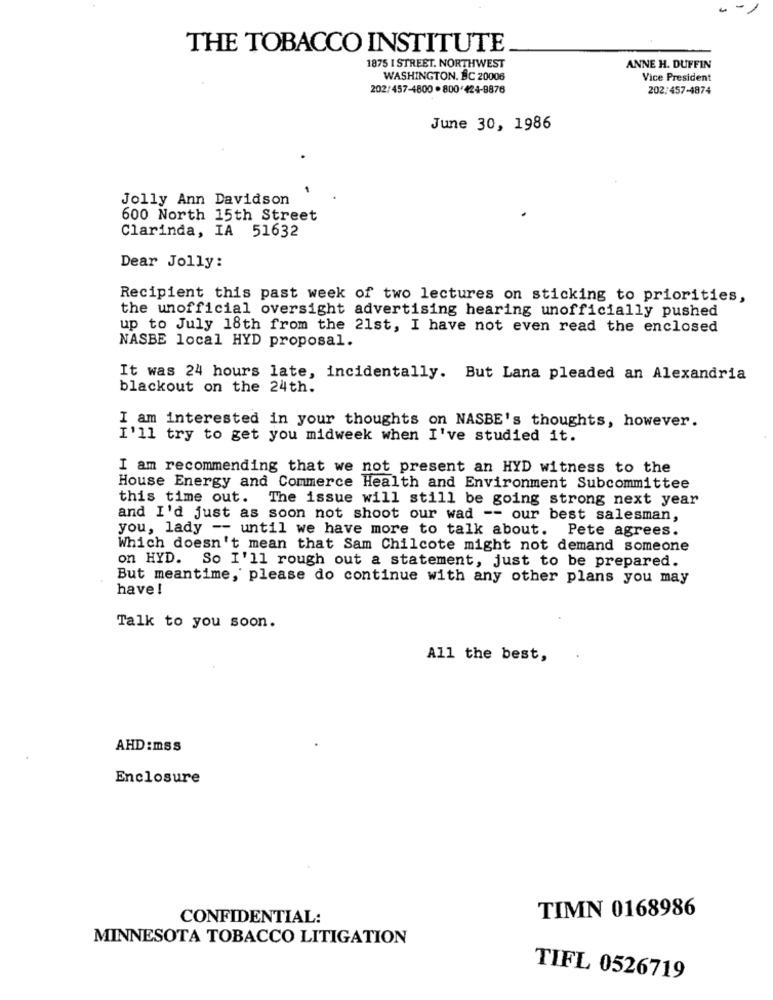
THE TOBACCO INSTITUTE
1875 I STREET. NORTHWEST
ANNE H. DUFFIN
WASHINGTON. BC 20006
Vice President
202/457-4800 . 800*424-8876
202:457-4874
June 30, 1986
Jolly Ann Davidson
600 North 15th Street
Clarinda, IA 51632
Dear Jolly:
Recipient this past week of two lectures on sticking to priorities,
the unofficial oversight advertising hearing unofficially pushed
up to July 18th from the 21st, I have not even read the enclosed
NASBE local HYD proposal.
It was 24 hours late, incidentally. But Lana pleaded an Alexandria
blackout on the 24th.
I am interested in your thoughts on NASBE's thoughts, however.
I'll try to get you midweek when I've studied it.
I am recommending that we not present an HYD witness to the
House Energy and Commerce Health and Environment Subcommittee
this time out. The issue will still be going strong next year
and I'd just as soon not shoot our wad -- our best salesman,
you, lady -- until we have more to talk about. Pete agrees.
Which doesn't mean that Sam Chilcote might not demand someone
on HYD. So I'll rough out a statement, just to be prepared.
But meantime, please do continue with any other plans you may
have !
Talk to you soon.
All the best,
AHD :msS
Enclosure
TIMN 0168986
CONFIDENTIAL:
MINNESOTA TOBACCO LITIGATION
TIFL 0526719